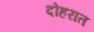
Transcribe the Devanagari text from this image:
दोहरात